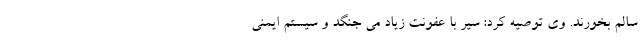
سالم بخورند. وی توصیه کرد: سیر با عفونت زیاد می جنگد و سیستم ایمنی